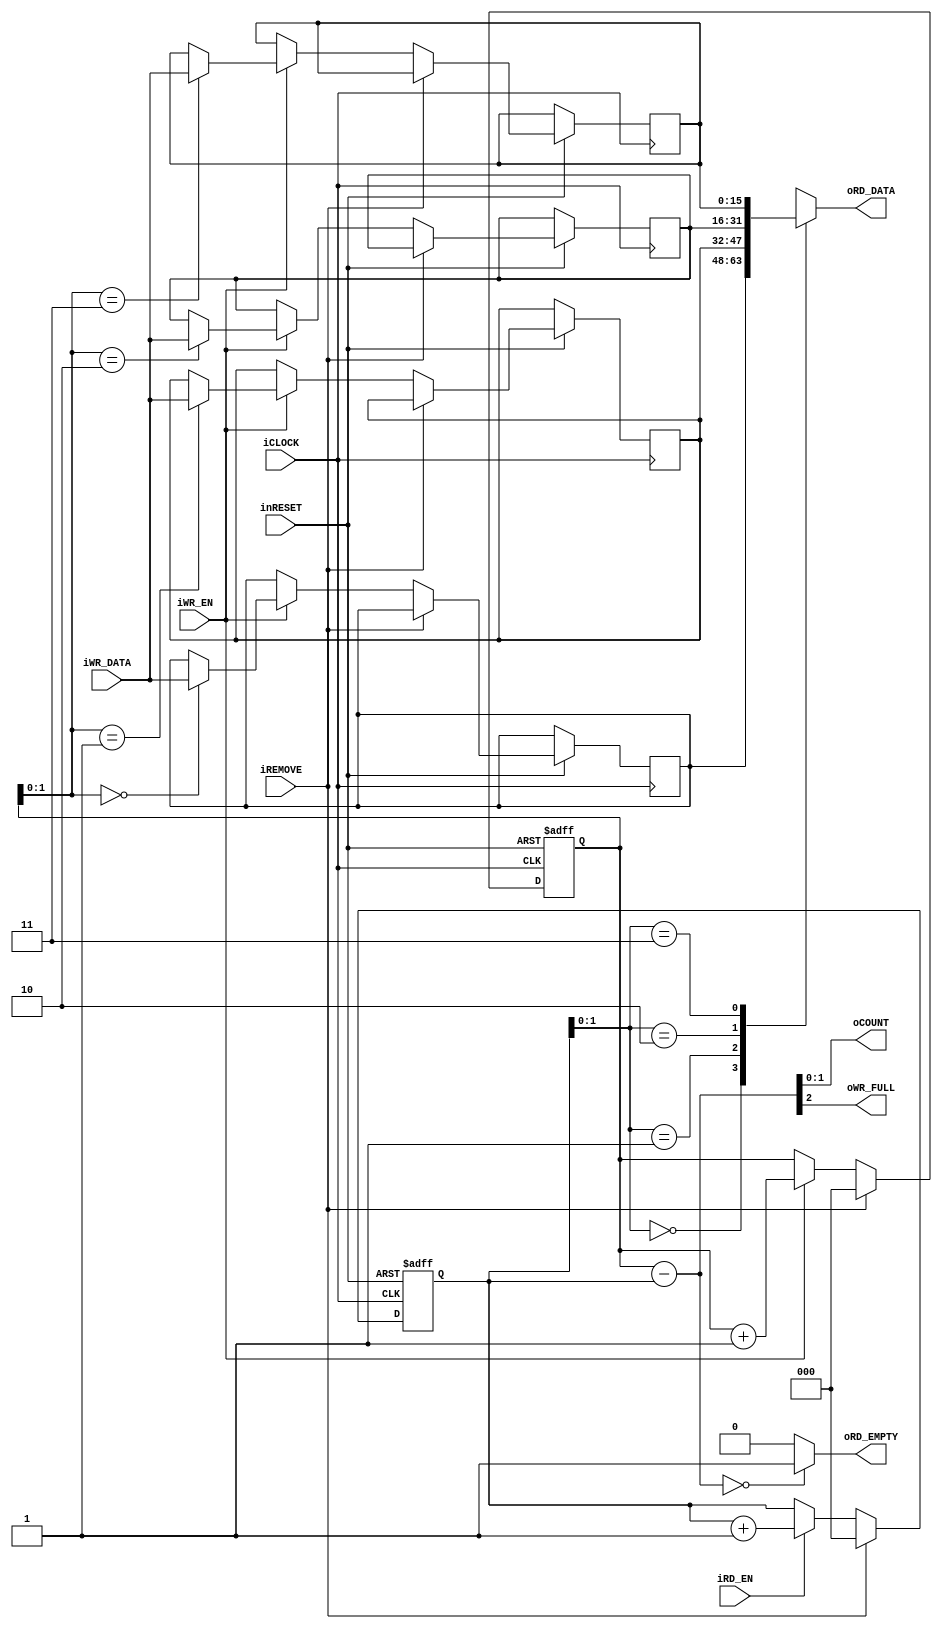
module mist1032isa_sync_fifo
	#(
		parameter N = 16,
		parameter DEPTH = 4,
		parameter D_N = 2
	)(
		//System
		input wire iCLOCK,
		input wire inRESET,
		input wire iREMOVE,
		//Counter
		output wire [D_N-1:0] oCOUNT,
		//WR
		input wire iWR_EN,
		input wire [N-1:0] iWR_DATA,
		output wire oWR_FULL,
		//RD
		input wire iRD_EN,
		output wire [N-1:0] oRD_DATA,
		output wire oRD_EMPTY
	);
	
	//Count - Wire
	wire [D_N:0] count;
	
	//Reg
	reg [D_N:0] b_write_pointer;
	reg [D_N:0] b_read_pointer;
	reg [N-1:0] b_memory [0 : DEPTH-1];
	
	assign count = b_write_pointer - b_read_pointer;
	
	always@(posedge iCLOCK or negedge inRESET)begin
		if(!inRESET)begin
			b_write_pointer <= {D_N+1{1'b0}};
			b_read_pointer <= {D_N+1{1'b0}};
		end
		else if(iREMOVE)begin
			b_write_pointer <= {D_N+1{1'b0}};
			b_read_pointer <= {D_N+1{1'b0}};
		end
		else begin
			if(iWR_EN)begin
				b_write_pointer <= b_write_pointer + {{D_N-1{1'b0}}, 1'b1};
				b_memory [b_write_pointer[D_N-1:0]] <= iWR_DATA;
			end
			if(iRD_EN)begin
				b_read_pointer <= b_read_pointer + {{D_N-1{1'b0}}, 1'b1};
			end
		end
	end //always
	
	//Assign
	assign oRD_DATA = b_memory	[b_read_pointer[D_N-1:0]];
	assign oRD_EMPTY = ((b_write_pointer - b_read_pointer) ==  {D_N+1{1'b0}})? 1'b1 : 1'b0;
	assign oWR_FULL = count[D_N];//|| (count [D_N-1:0] == {D_N{1'b1}})? 1'b1 : 1'b0;
	assign oCOUNT = count	[D_N-1:0];
	
endmodule